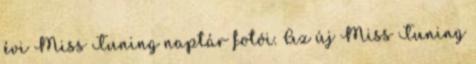
évi Miss Tuning naptár fotói. Az új Miss Tuning